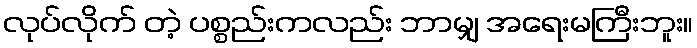
လုပ်လိုက် တဲ့ ပစ္စည်းကလည်း ဘာမျှ အရေးမကြီးဘူး။